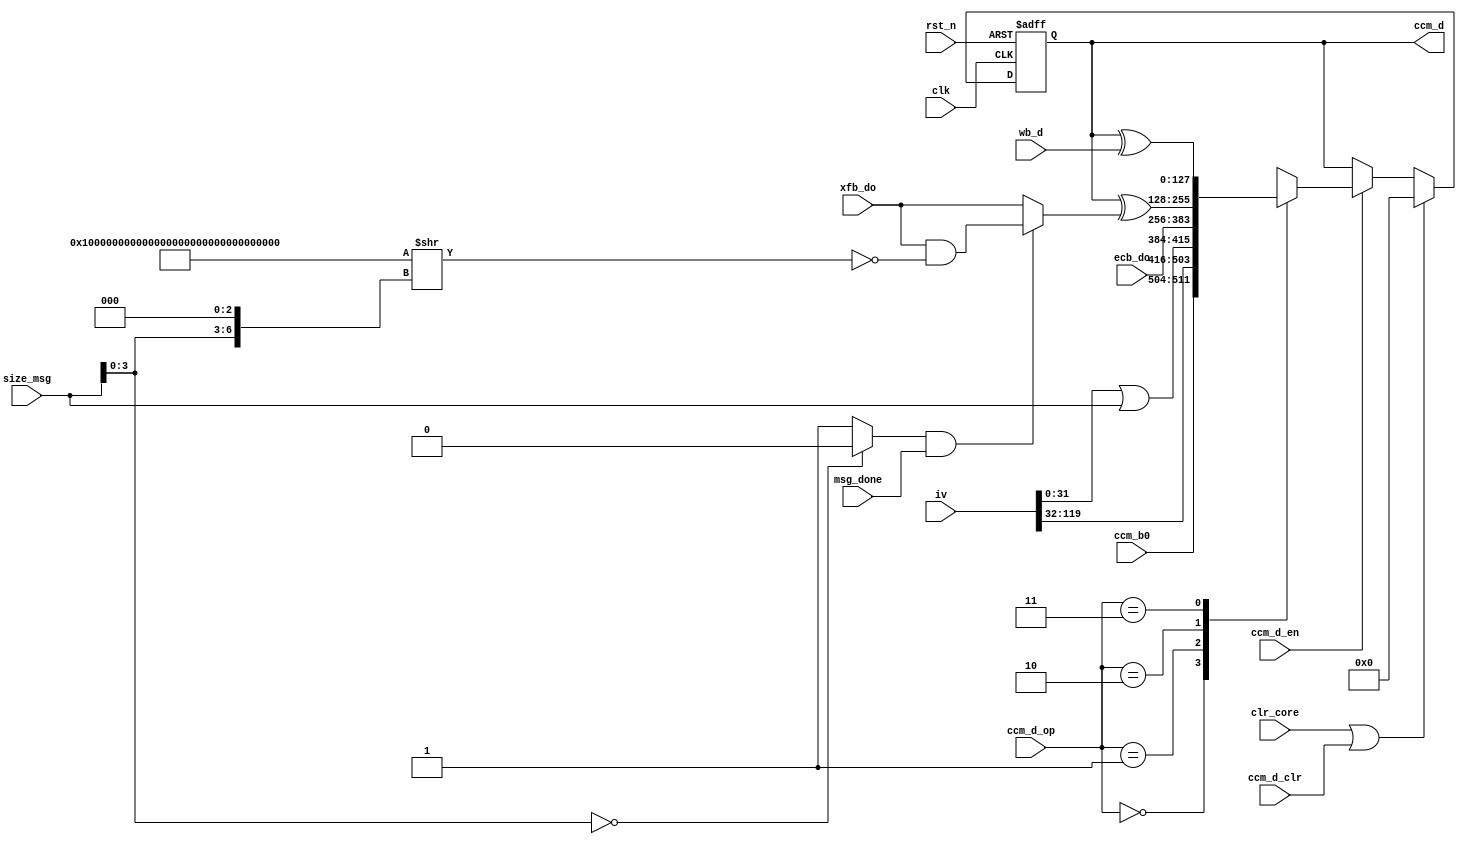
module moo_ccm_d (/*AUTOARG*/
   // Outputs
   ccm_d,
   // Inputs
   clk, rst_n, clr_core, ccm_d_op, ccm_d_en, ccm_d_clr, ccm_b0, iv, ecb_do,
   xfb_do, wb_d, size_msg, msg_done
   ) ;
   input           clk, rst_n;
   input           clr_core;

   input [1:0]     ccm_d_op;
   input           ccm_d_en;
   input           ccm_d_clr;

   input [7:0]     ccm_b0;
   input [119:0]   iv;

   input [127:0]   ecb_do;
   input [127:0]   xfb_do;
   input [127:0]   wb_d;

   output [127:0]  ccm_d;

   reg [127:0]     ccm_d;
   reg [127:0]     ccm_i;

   input [31:0]    size_msg;
   input           msg_done;

   wire [127:0]    dec_msk;
   wire [127:0]    dec_sel;
   wire            block_n;

   wire [127:0]    dec_i;
   wire [127:0]    enc_i;

   assign dec_msk = {128{1'b1}} >> {size_msg[3:0], 3'd0};
   assign block_n = (size_msg[3:0] == 4'd0) ? 0 : 1;
   assign dec_sel = (block_n & msg_done) ? (xfb_do & (~dec_msk)) : xfb_do;
   assign dec_i   = ccm_d ^ dec_sel;
   assign enc_i   = ccm_d ^ wb_d;


   localparam CCM_SET_B0  = 2'b00;
   localparam CCM_SET_ECB = 2'b01;
   localparam CCM_SET_DEC = 2'b10;
   localparam CCM_SET_ENC = 2'b11;

   always @ (*) begin
      case (ccm_d_op)
        CCM_SET_B0  : ccm_i = {ccm_b0, iv[119:32], (iv[31:0] | size_msg)};
        CCM_SET_ECB : ccm_i = ecb_do;
        CCM_SET_DEC : ccm_i = dec_i;
        CCM_SET_ENC : ccm_i = enc_i;
      endcase // case (ccm_d_op)
   end

   always @ (posedge clk or negedge rst_n) begin
      if(!rst_n) begin
         ccm_d <= 128'd0;
      end else begin
         if(clr_core | ccm_d_clr) begin
            ccm_d <= 128'd0;
         end else if(ccm_d_en) begin
            ccm_d <= ccm_i;
         end
      end
   end

endmodule // moo_ccm_d